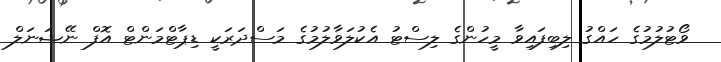
ވޯޓުލުމުގެ ހައްގު ލިބިފައިވާ މީހުންގެ ލިސްޓު އެކުލަވާލުމުގެ މަސްދަރަކީ ޑިޕާޓްމަންޓް އޮފް ނޭޝަނަލް